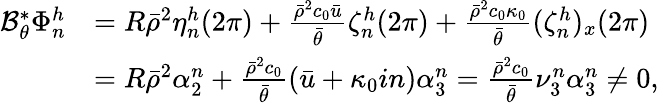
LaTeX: \begin{array}{rl}{\mathcal{B}_{\theta}^{*}\Phi_{n}^{h}}&{=R\bar{\rho}^{2}\eta_{n}^{h}(2\pi)+\frac{\bar{\rho}^{2}c_{0}\bar{u}}{\bar{\theta}}\zeta_{n}^{h}(2\pi)+\frac{\bar{\rho}^{2}c_{0}\kappa_{0}}{\bar{\theta}}(\zeta_{n}^{h})_{x}(2\pi)}\\ &{=R\bar{\rho}^{2}\alpha_{2}^{n}+\frac{\bar{\rho}^{2}c_{0}}{\bar{\theta}}(\bar{u}+\kappa_{0}in)\alpha_{3}^{n}=\frac{\bar{\rho}^{2}c_{0}}{\bar{\theta}}\nu_{3}^{n}\alpha_{3}^{n}\neq 0,}\end{array}